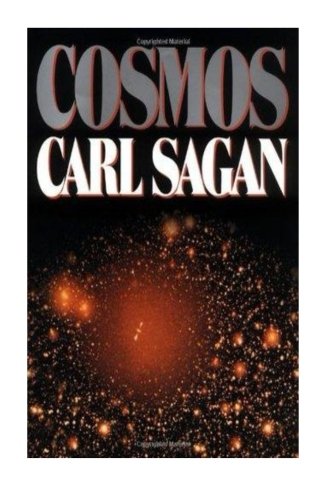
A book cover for Cosmos; Carl Sagan; Science & Math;